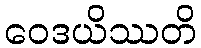
ဝေဒယိဿတိ